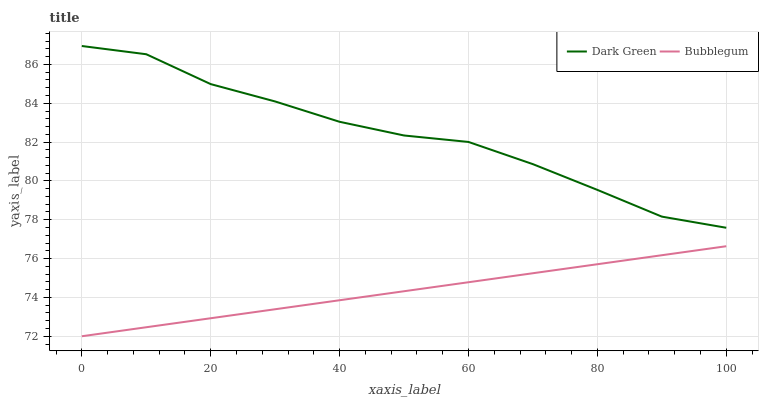
| xaxis_label | Dark Green | Bubblegum |
 | --- | --- | --- |
 | 0 | 86.9 | 72 |
 | 10 | 86.5 | 72.5 |
 | 20 | 85 | 72.9 |
 | 30 | 84.1 | 73.4 |
 | 40 | 83 | 73.9 |
 | 50 | 82.3 | 74.3 |
 | 60 | 82 | 74.8 |
 | 70 | 80.9 | 75.2 |
 | 80 | 79.5 | 75.7 |
 | 90 | 78.2 | 76.2 |
 | 100 | 77.6 | 76.6 |